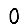
Digit: 0